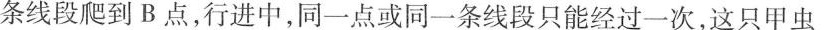
条线段爬到B点，行进中，同一点或同一条线段只能经过一次，这只甲虫